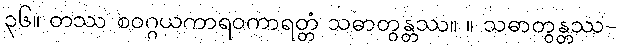
၃၆။ တဿ စဝဂ္ဂယကာရဝကာရတ္တံ သဓာတွန္တဿ။ ။ သဓာတွန္တဿ-